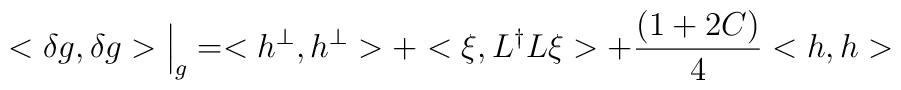
<{\delta}g,{\delta}g>\Big\vert_g= <h^{\perp}, h^{\perp}> + <\xi, L^{\dag}L\xi> + {(1 + 2C) \over 4}<h, h>